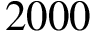
2 0 0 0